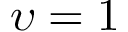
\upsilon = 1